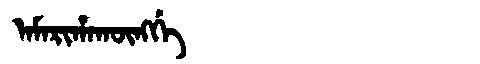
Manchu: ᠠᠮᠠᡵᡳᡥᠠᡴᡡᠩᡤᡝ
Romanization: AMARIHAKŪNGGE